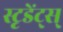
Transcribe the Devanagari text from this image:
स्टृडेंट्स्